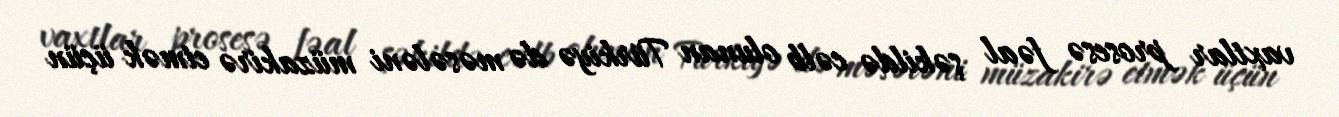
vaxtlar prosesə fəal şəkildə cəlb olunan Türkiyə də məsələni müzakirə etmək üçün